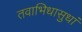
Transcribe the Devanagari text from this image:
तवाभिधासुधां